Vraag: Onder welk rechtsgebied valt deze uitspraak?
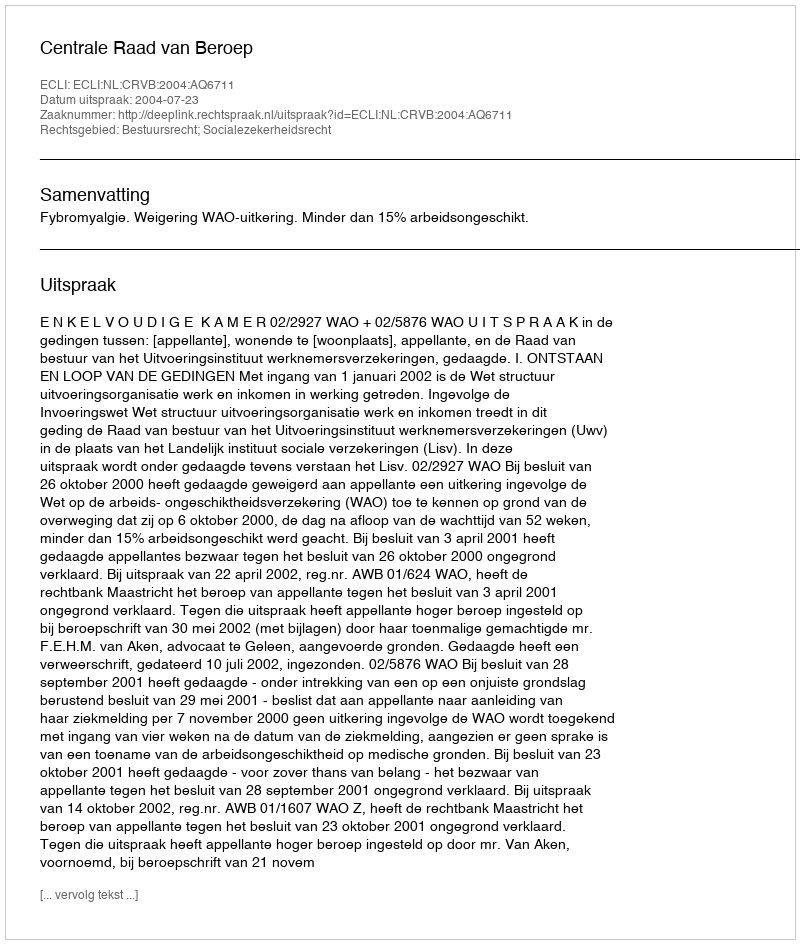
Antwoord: Bestuursrecht; Socialezekerheidsrecht